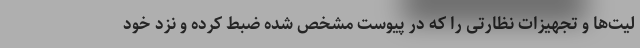
لیت‌ها و تجهیزات نظارتی را که در پیوست مشخص شده ضبط کرده و نزد خود